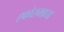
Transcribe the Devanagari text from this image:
एकोरामाध्य